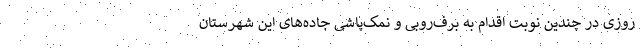
روزی در چندین نوبت اقدام به برف‌روبی و نمک‌پاشی جاده‌های ‌این شهرستان